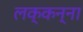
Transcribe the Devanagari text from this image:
लक्कन्ना